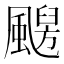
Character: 𩘦